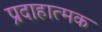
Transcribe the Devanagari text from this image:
प्रदाहात्मक